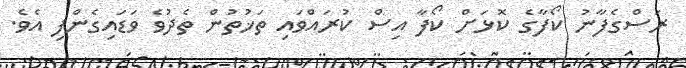
ރަސްގެފާނު ކޯފާގެ ކޮޅަށް ކޯފާ އިސް ކުރައްވައި ތަޚުތުން ތެދުވެ ވަޑައިގެންފި އެވެ.